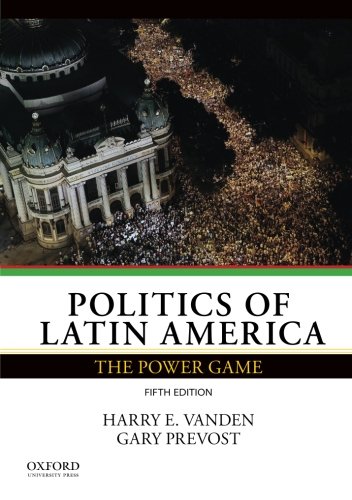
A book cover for Politics of Latin America: The Power Game; Harry E. Vanden; Law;